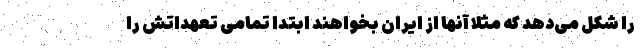
را شکل می‌دهد که مثلا آنها از ایران بخواهند ابتدا تمامی تعهداتش را